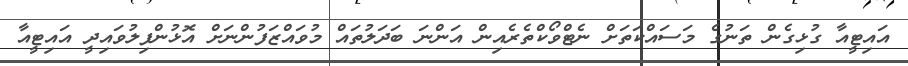
އައިޓީއާ ގުޅިގެން ތަނުގެ މަސައްކަތަށް ނެޓްވޯކްތެރެއިން އަންނަ ބަދަލުތައް މުވައްޒަފުންނަށް އޮޅުންފިލުވައިދީ އައިޓީއާ